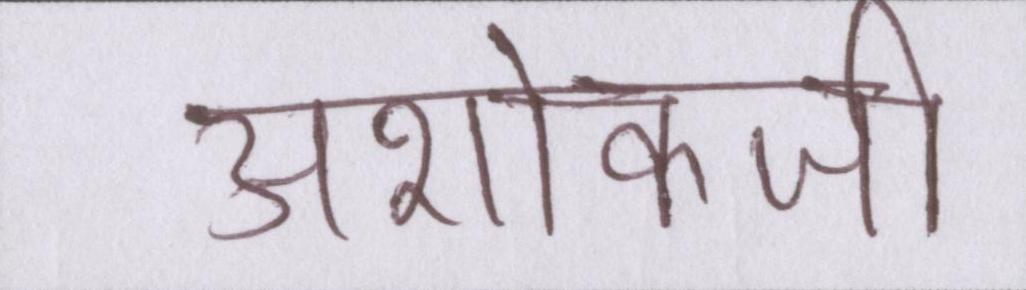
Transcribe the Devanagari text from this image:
अशोकजी